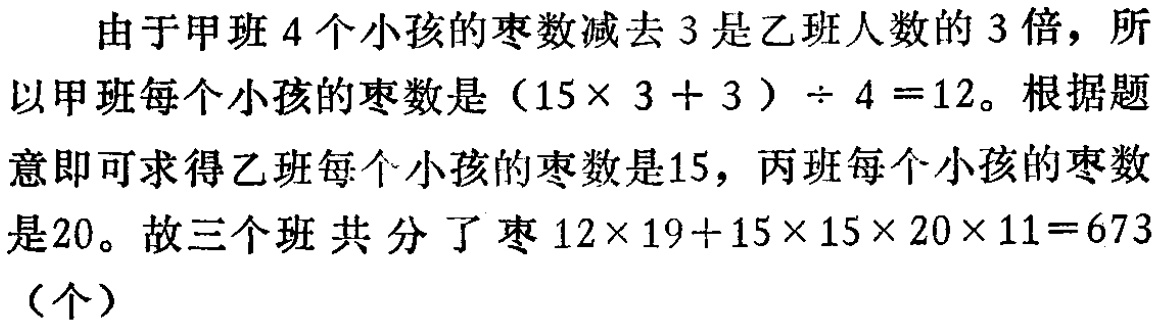
由于甲班 4 个小孩的枣数减去 3 是乙班人数的 3 倍，所以甲班每个小孩的枣数是\((15\times 3 + 3)\div 4 =12\)。根据题意即可求得乙班每个小孩的枣数是15，丙班每个小孩的枣数是20。故三个班 共 分 了枣\(12\times 19+15\times 15\times 20\times 11=673\)（个）